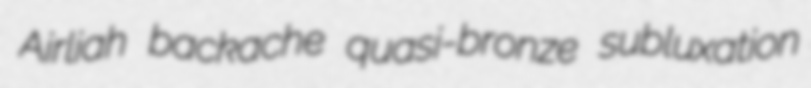
Airliah backache quasi-bronze subluxation